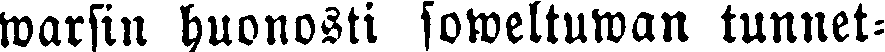
warsin huonosti soweltuwan tunnet-